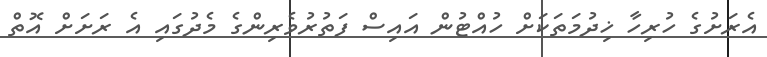
އެރަށުގެ ހުރިހާ ޚިދުމަތަކަށް ހުއްޓުން އައިސް ފަތުރުވެރިންގެ މެދުގައި އެ ރަށަށް އޮތް